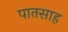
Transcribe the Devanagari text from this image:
पातसाह